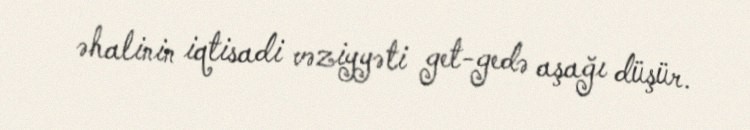
əhalinin iqtisadi vəziyyəti get-gedə aşağı düşür.